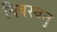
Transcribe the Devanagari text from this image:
विवस्वत्